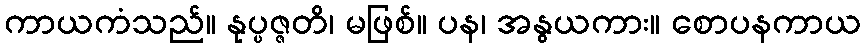
ကာယကံသည်။ နုပ္ပဇ္ဇတိ၊ မဖြစ်။ ပန၊ အနွယကား။ စောပနကာယ